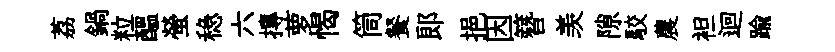
荔鍋粒醖螢稳六摶萝愒筒餐郞挹因簪羡隙駮農袒迴踰